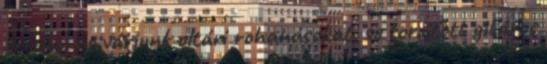
értem , ne várjunk oltári rohanásokat, se torzított gitáros